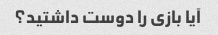
آیا بازی را دوست داشتید؟